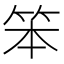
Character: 笨